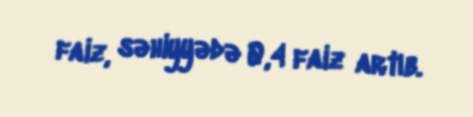
faiz, səhiyyədə 0,4 faiz artıb.